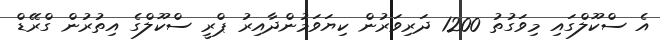
އެ ސްކޫލްގައި މިވަގުތު 1200 ދަރިވަރުން ކިޔަވަމުންދާއިރު ޕްރީ ސްކޫލްގެ އިތުރުން ގްރޭޑް